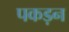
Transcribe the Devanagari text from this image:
पकड़न